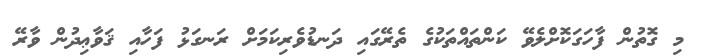
މި ގޮތުން ފާހަގަކޮށްލެވޭ ކަންތައްތަކުގެ ތެރޭގައި ދަނޑުވެރިކަމަށް ރަނގަޅު ފަހާއި ޤަވާޢިދުން ވާރޭ